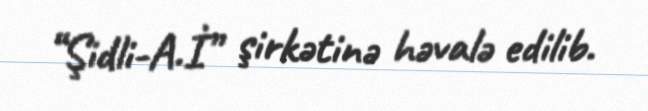
“Şidli-A.İ” şirkətinə həvalə edilib.